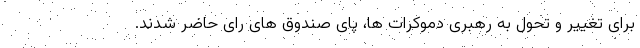
برای تغییر و تحول به رهبری دموکرات ها، پای صندوق های رای حاضر شدند.